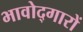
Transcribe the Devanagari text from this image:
भावोद्गारों